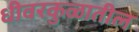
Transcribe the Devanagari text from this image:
धीवरकुळातील